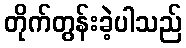
တိုက်တွန်းခဲ့ပါသည်